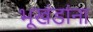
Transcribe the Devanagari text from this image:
भूखंडांना